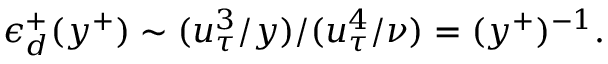
\epsilon _ { d } ^ { + } ( y ^ { + } ) \sim ( u _ { \tau } ^ { 3 } / y ) / ( u _ { \tau } ^ { 4 } / \nu ) = ( y ^ { + } ) ^ { - 1 } .